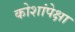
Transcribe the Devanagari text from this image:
कोशांपेक्षा